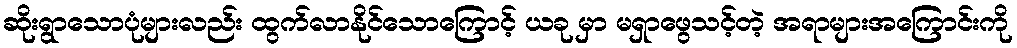
ဆိုးရွာသောပုံများလည်း ထွက်လာနိုင်သောကြောင့် ယခု မှာ မရှာဖွေသင့်တဲ့ အရာများအကြောင်းကို